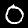
Digit: 0